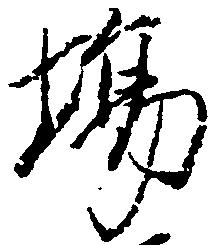
場